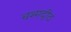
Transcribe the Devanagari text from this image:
चश्मदीठ